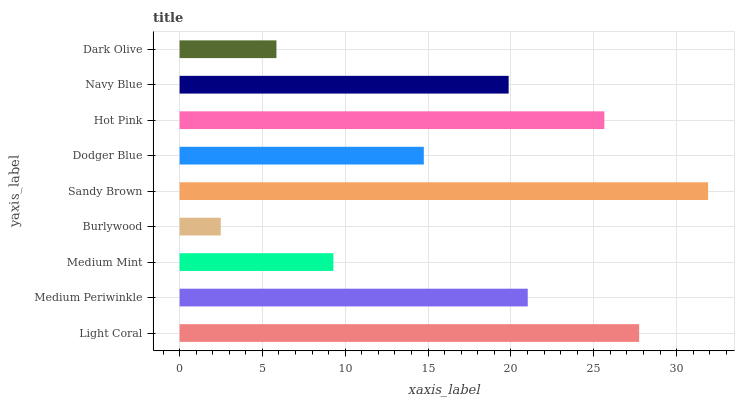
| yaxis_label | bars |
 | --- | --- |
 | Light Coral | 27.7 |
 | Medium Periwinkle | 21 |
 | Medium Mint | 9.28 |
 | Burlywood | 2.48 |
 | Sandy Brown | 31.9 |
 | Dodger Blue | 14.7 |
 | Hot Pink | 25.6 |
 | Navy Blue | 19.9 |
 | Dark Olive | 5.85 |